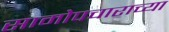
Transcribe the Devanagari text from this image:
सामोपचाराच्या